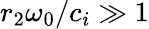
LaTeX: r_{2}\omega_{0}/c_{i}\gg 1